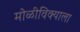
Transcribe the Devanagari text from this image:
मोळीविक्याला